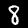
Label: 8